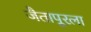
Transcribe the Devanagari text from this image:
जैतापूरला